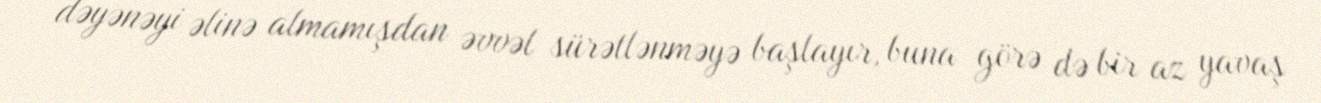
dəyənəyi əlinə almamışdan əvvəl sürətlənməyə başlayır, buna görə də bir az yavaş